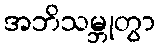
အဘိသမ္ဘုတွာ